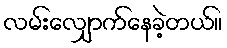
လမ်းလျှောက်နေခဲ့တယ်။